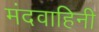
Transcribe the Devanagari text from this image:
मंदवाहिनी